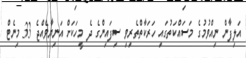
އަލިފާން ނިއްވުމުގެ މަސައްކަތުގައި ހަރަކާތްތެރިވި ސިފައިންގެ ދެ މީހަކަށް އަނިޔާވެއްޖެ 33 މިނެޓް